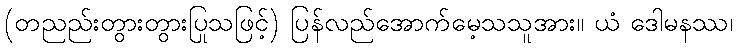
(တညည်းတွားတွားပြုသဖြင့်) ပြန်လည်အောက်မေ့သသူအား။ ယံ ဒေါမနဿ၊